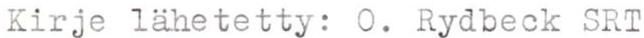
Kirje lähetetty: O. Rydbeck SRT